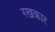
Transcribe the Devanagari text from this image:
रखकार